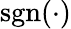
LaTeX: \mathrm{{sgn}(\cdot)}